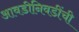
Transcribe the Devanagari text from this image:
आवडीनिवडींची